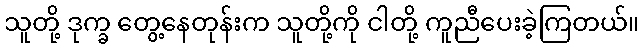
သူတို့ ဒုက္ခ တွေ့နေတုန်းက သူတို့ကို ငါတို့ ကူညီပေးခဲ့ကြတယ်။